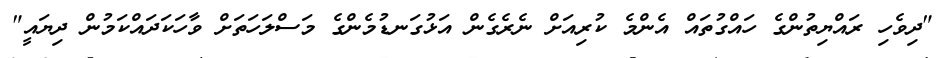
"ދިވެހި ރައްޔިތުންގެ ހައްގުތައް އެންމެ ކުރިއަށް ނެރެގެން އަޅުގަނޑުމެންގެ މަސްލަހަތަށް ވާހަކަދައްކަމުން ދިޔައީ"